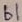
Text: b1